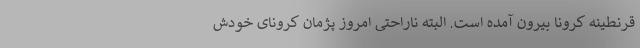
قرنطینه کرونا بیرون آمده است. البته ناراحتی امروز پژمان کرونای خودش